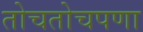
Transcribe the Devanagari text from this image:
तोचतोचपणा